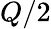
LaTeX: Q/2